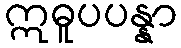
ဣဓူပပန္နာ